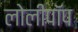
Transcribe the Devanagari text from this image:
लोलीपॉप